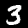
Digit: 3